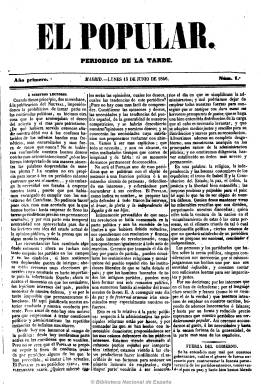
Título: El Popular (Madrid. 1846)
Colección: Periódicos anteriores a 1850
Ámbito geográfico: Madrid
Lugar de publicación: Madrid
Fechas: 15/06/1846-11/09/1851

Periódico de la tarde de frecuencia diaria (excepto los domingos), que se declara antirrevolucionario, pero también antirreaccionario y enemigo de la oposición ultraconservadora, y que estando adscrito al Partido Moderado, encarna una tendencia centrista defensora del liberalismo y la monarquía, de carácter independiente no sumiso siempre al general Narváez y sus ministerios. Sucedió a El neutral, que había aparecido unos meses antes, y es estampado en la imprenta de Gregorio Salcedo, que será también su editor responsable, aunque después lo hará en imprenta propia, sucediéndole también diversos editores responsables, como Lorenzo de Andrés, Liberato Mangado o Juan Álvarez. Durante algún tiempo fue dirigido por Aniceto de Álvaro.

Considerándose como diario “político e industrial”, contiene artículos de este tipo, así como otros textos repartidos en secciones, como boletín del reino, que después será denominado español, en donde incluye las noticias de provincias; boletín extranjero; gacetín oficial, dando cuenta de normativas administrativas; noticias locales en una sección denominada Madrid, y otras diversas bajo los epígrafes novedades y variedades. También ofrece información de las sesiones parlamentarias y del gobierno, sobre espectáculos, teatros, toros, una revista de prensa comentada, y sobre precios de materias primas de los mercados, fondos públicos y cotizaciones de las bolsas de Madrid y extranjeras, y algunos textos en verso y anuncios comerciales.

Solía aparecer a las cuatro de la tarde con las noticias que habían llegado a su redacción hasta las doce del mediodía y durante unos meses de 1848 llegó a tirar a las ocho de la tarde una hoja aparte titulada Última hora del popular.